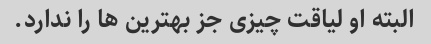
البته او لیاقت چیزی جز بهترین ها را ندارد.